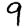
Digit: 9